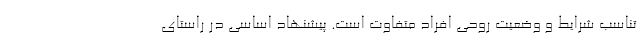
تناسب شرایط و وضعیت روحی افراد متفاوت است. پیشنهاد اساسی در راستای